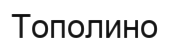
Тополино